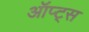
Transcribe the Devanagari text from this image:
ऑप्ट्स